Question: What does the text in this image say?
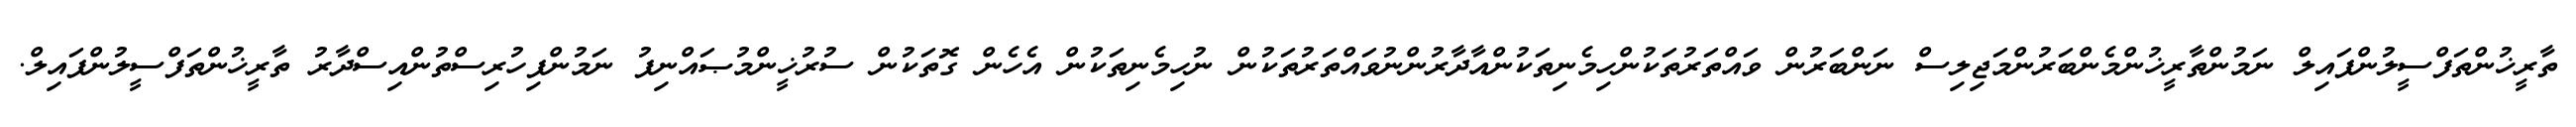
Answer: ތާރީޚުންތަފްސީލުންފައިލް ނަމުންތާރީޚުންމެންބަރުންމަޖިލިސް ނަންބަރުން ވައްތަރުތަކުންހިމެނިތަކުންއާދާރުންނުވައްތަރުތަކުން ނުހިމެނިތަކުން އެހެން ގޮތަކުން ސުރުޚީންމުޞައްނިފު ނަމުންފިހުރިސްތުންއިސްދާރު ތާރީޚުންތަފްސީލުންފައިލް.